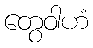
တွေဝါဟံ